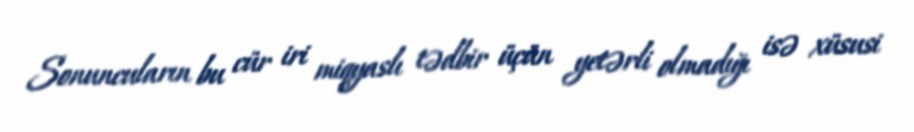
Sonuncuların bu cür iri miqyaslı tədbir üçün yetərli olmadığı isə xüsusi